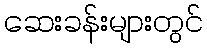
ဆေးခန်းများတွင်